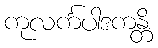
ကုလင်္ကပါဒကန္တိ